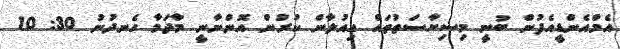
އެމްއެންޑީއެފުން ބުނީ މިސިޔާސަތުތައް އިއުލާން ކުރުން އޮންނާނީ މާދަމާ ހެނދުނު 30: 10